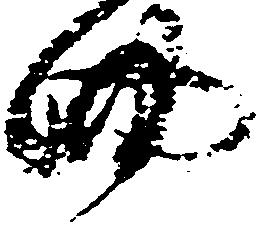
細